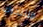
فلنتحرك